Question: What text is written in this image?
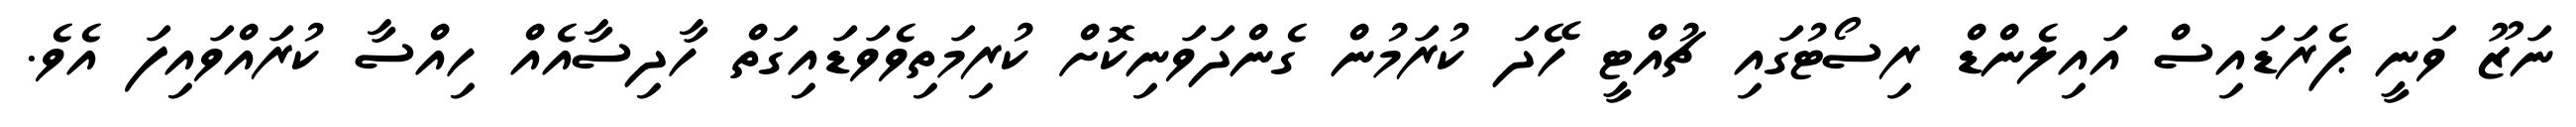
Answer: ނަޒޫ ވަނީ ޕެރަޑައިސް އައިލެންޑް ރިސޯޓުގައި ޗުއްޓީ ހޭދަ ކުރަމުން ގެންދަވަނިކޮށް ކުރިމަތިވެވަޑައިގަތް ހާދިސާއެއް ހިއްސާ ކުރައްވައިފަ އެވެ.